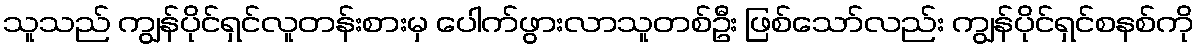
သူသည် ကျွန်ပိုင်ရှင်လူတန်းစားမှ ပေါက်ဖွားလာသူတစ်ဦး ဖြစ်သော်လည်း ကျွန်ပိုင်ရှင်စနစ်ကို